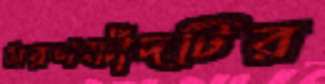
মরণফাঁদটির